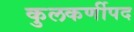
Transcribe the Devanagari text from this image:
कुलकर्णीपद